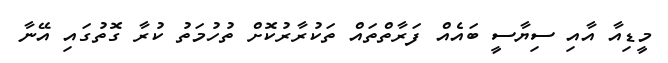
މީޑިއާ އާއި ސިޔާސީ ބައެއް ފަރާތްތައް ތަކުރާރުކޮށް ތުހުމަތު ކުރާ ގޮތުގައި އޭނާ